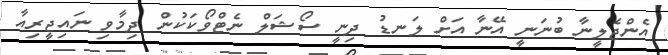
އެންޖެލީނާ ބުނަނީ އޭނާ އަށް ލަނޑު ދިނީ ސޯޝަލް ނެޓްވޯކަކުން ދިމާވި ނައިޖީރިއާ